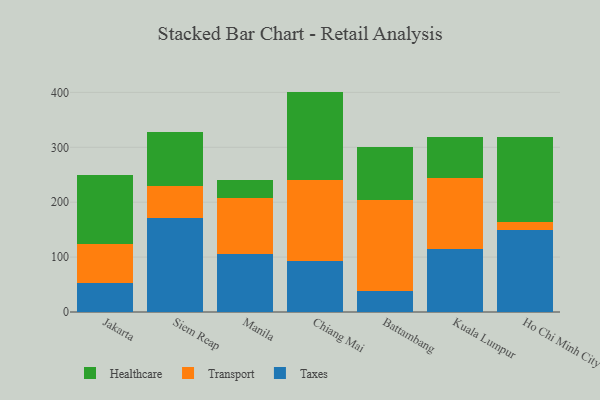
{"axis": {"x": "City", "y": "Revenue (USD Million)"}, "legend": ["Healthcare", "Taxes", "Transport"], "data": [{"x": "Jakarta", "y": 52.5, "type": "Taxes"}, {"x": "Jakarta", "y": 71.2, "type": "Transport"}, {"x": "Jakarta", "y": 125.3, "type": "Healthcare"}, {"x": "Siem Reap", "y": 171.5, "type": "Taxes"}, {"x": "Siem Reap", "y": 57.5, "type": "Transport"}, {"x": "Siem Reap", "y": 99.0, "type": "Healthcare"}, {"x": "Manila", "y": 106.1, "type": "Taxes"}, {"x": "Manila", "y": 101.1, "type": "Transport"}, {"x": "Manila", "y": 32.8, "type": "Healthcare"}, {"x": "Chiang Mai", "y": 92.5, "type": "Taxes"}, {"x": "Chiang Mai", "y": 148.4, "type": "Transport"}, {"x": "Chiang Mai", "y": 160.6, "type": "Healthcare"}, {"x": "Battambang", "y": 38.6, "type": "Taxes"}, {"x": "Battambang", "y": 165.2, "type": "Transport"}, {"x": "Battambang", "y": 96.0, "type": "Healthcare"}, {"x": "Kuala Lumpur", "y": 115.5, "type": "Taxes"}, {"x": "Kuala Lumpur", "y": 128.4, "type": "Transport"}, {"x": "Kuala Lumpur", "y": 74.5, "type": "Healthcare"}, {"x": "Ho Chi Minh City", "y": 148.8, "type": "Taxes"}, {"x": "Ho Chi Minh City", "y": 14.3, "type": "Transport"}, {"x": "Ho Chi Minh City", "y": 156.4, "type": "Healthcare"}]}